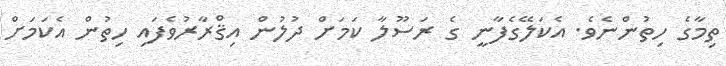
ތިމާގެ ހިތުންނެވެ. އެކަލޭގެފާނީ ގެ ރަސޫލާ ކަމަށް ދުލުން އިޤްރާރުވެފައި ހިތުން އެކަމަށް